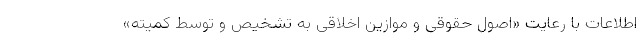
اطلاعات با رعایت «اصول حقوقی و ‌موازین اخلاقی به تشخیص و توسط کمیته»